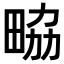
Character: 𤱷